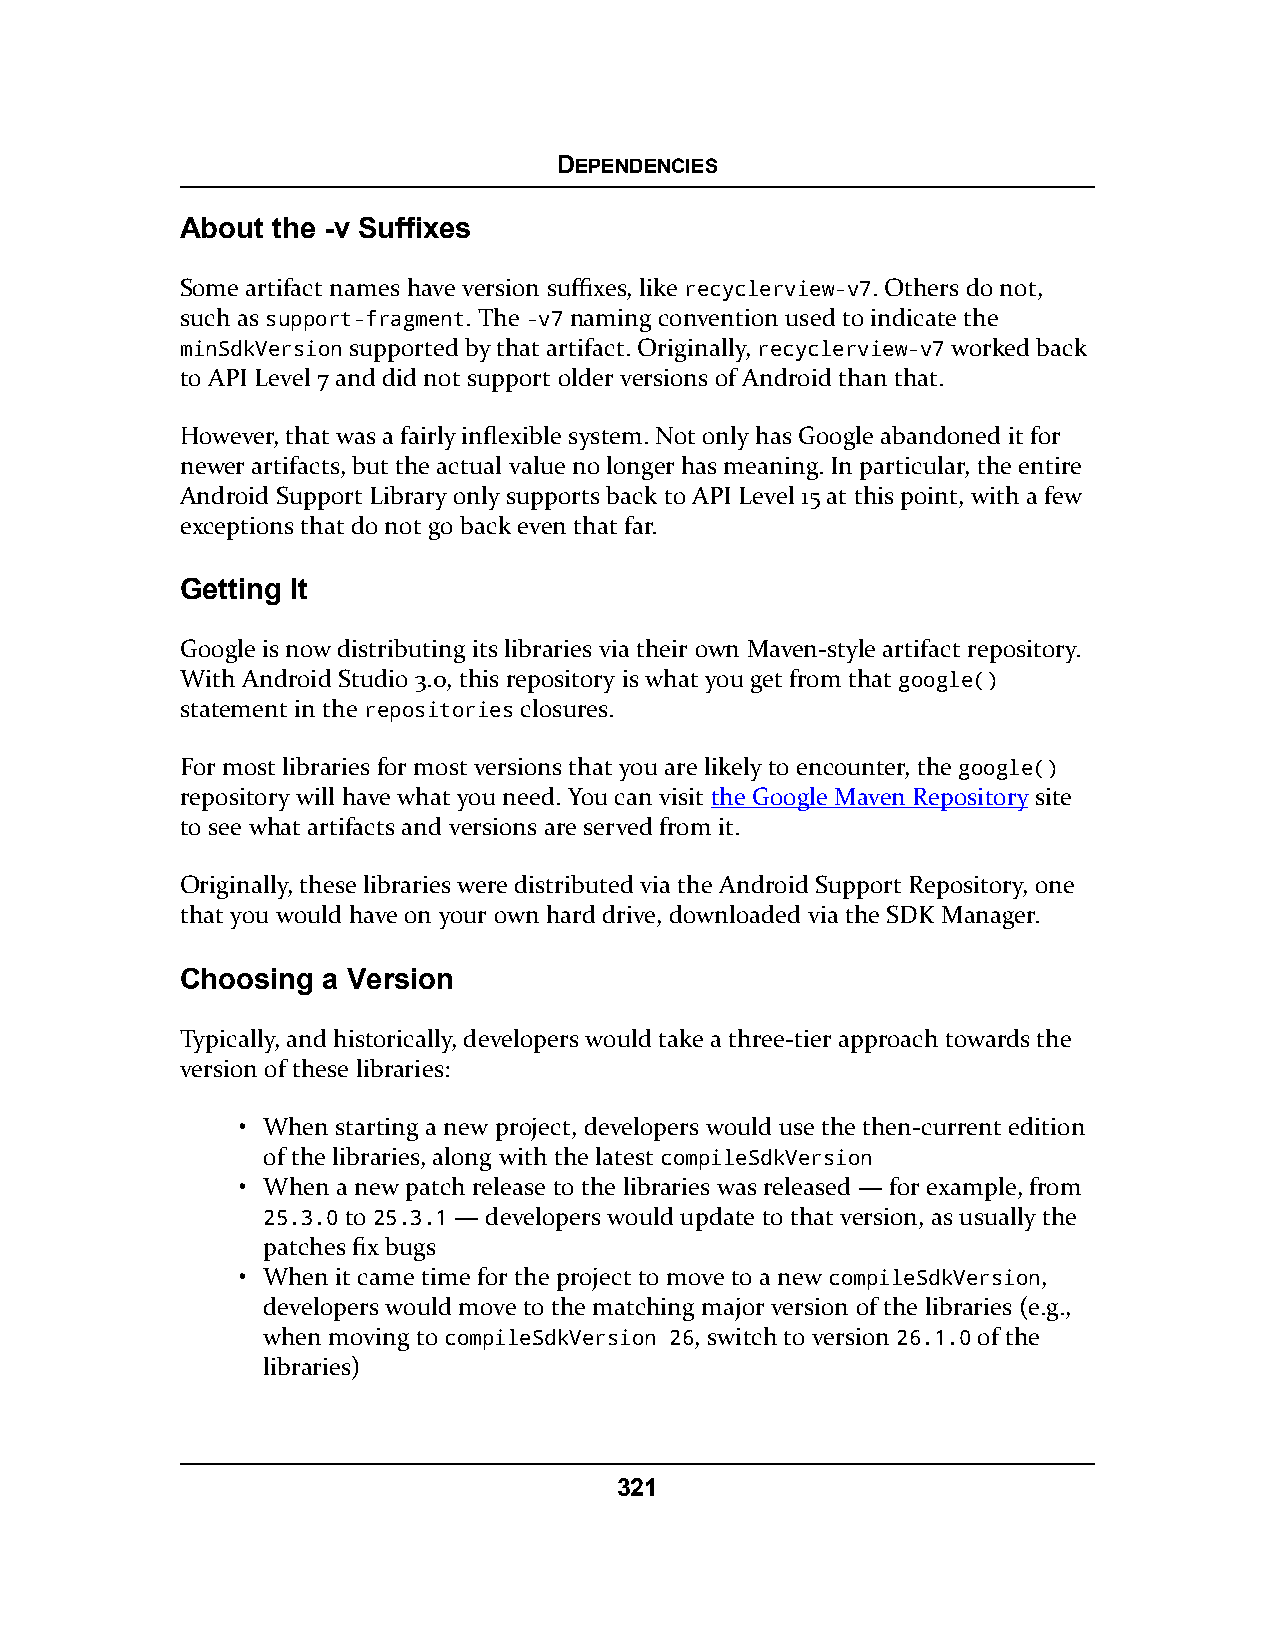
DEPENDENCIES
 About the -v Suffixes
 Some artifact names have version suffixes, like recyclerview-v7. Others do not,
 such as support-fragment. The -v7 naming convention used to indicate the
 minSdkVersion supported by that artifact. Originally, recyclerview-v7 worked back
 to API Level 7 and did not support older versions of Android than that.
 However, that was a fairly inflexible system. Not only has Google abandoned it for
 newer artifacts, but the actual value no longer has meaning. In particular, the entire
 Android Support Library only supports back to API Level 15 at this point, with a few
 exceptions that do not go back even that far.
 Getting It
 Google is now distributing its libraries via their own Maven-style artifact repository.
 With Android Studio 3.0, this repository is what you get from that google()
 statement in the repositories closures.
 For most libraries for most versions that you are likely to encounter, the google()
 repository will have what you need. You can visit the Google Maven Repository site
 to see what artifacts and versions are served from it.
 Originally, these libraries were distributed via the Android Support Repository, one
 that you would have on your own hard drive, downloaded via the SDK Manager.
 Choosing a Version
 Typically, and historically, developers would take a three-tier approach towards the
 version of these libraries:
 • When starting a new project, developers would use the then-current edition
 of the libraries, along with the latest compileSdkVersion
 • When a new patch release to the libraries was released — for example, from
 25.3.0 to 25.3.1 — developers would update to that version, as usually the
 patches fix bugs
 • When it came time for the project to move to a new compileSdkVersion,
 developers would move to the matching major version of the libraries (e.g.,
 when moving to compileSdkVersion 26, switch to version 26.1.0 of the
 libraries)
 321